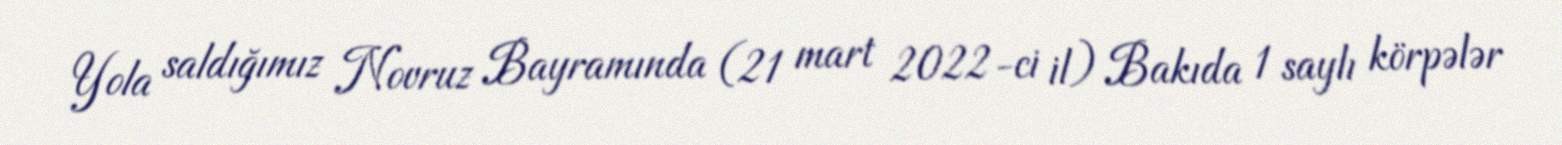
Yola saldığımız Novruz Bayramında (21 mart 2022-ci il) Bakıda 1 saylı körpələr